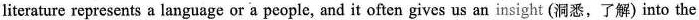
literature represents a language or a people, and it often gives us an insight (洞悉,了解) into the